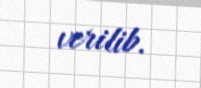
verilib.